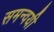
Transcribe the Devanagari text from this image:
समन्वयी